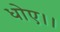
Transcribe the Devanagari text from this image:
धोए।।